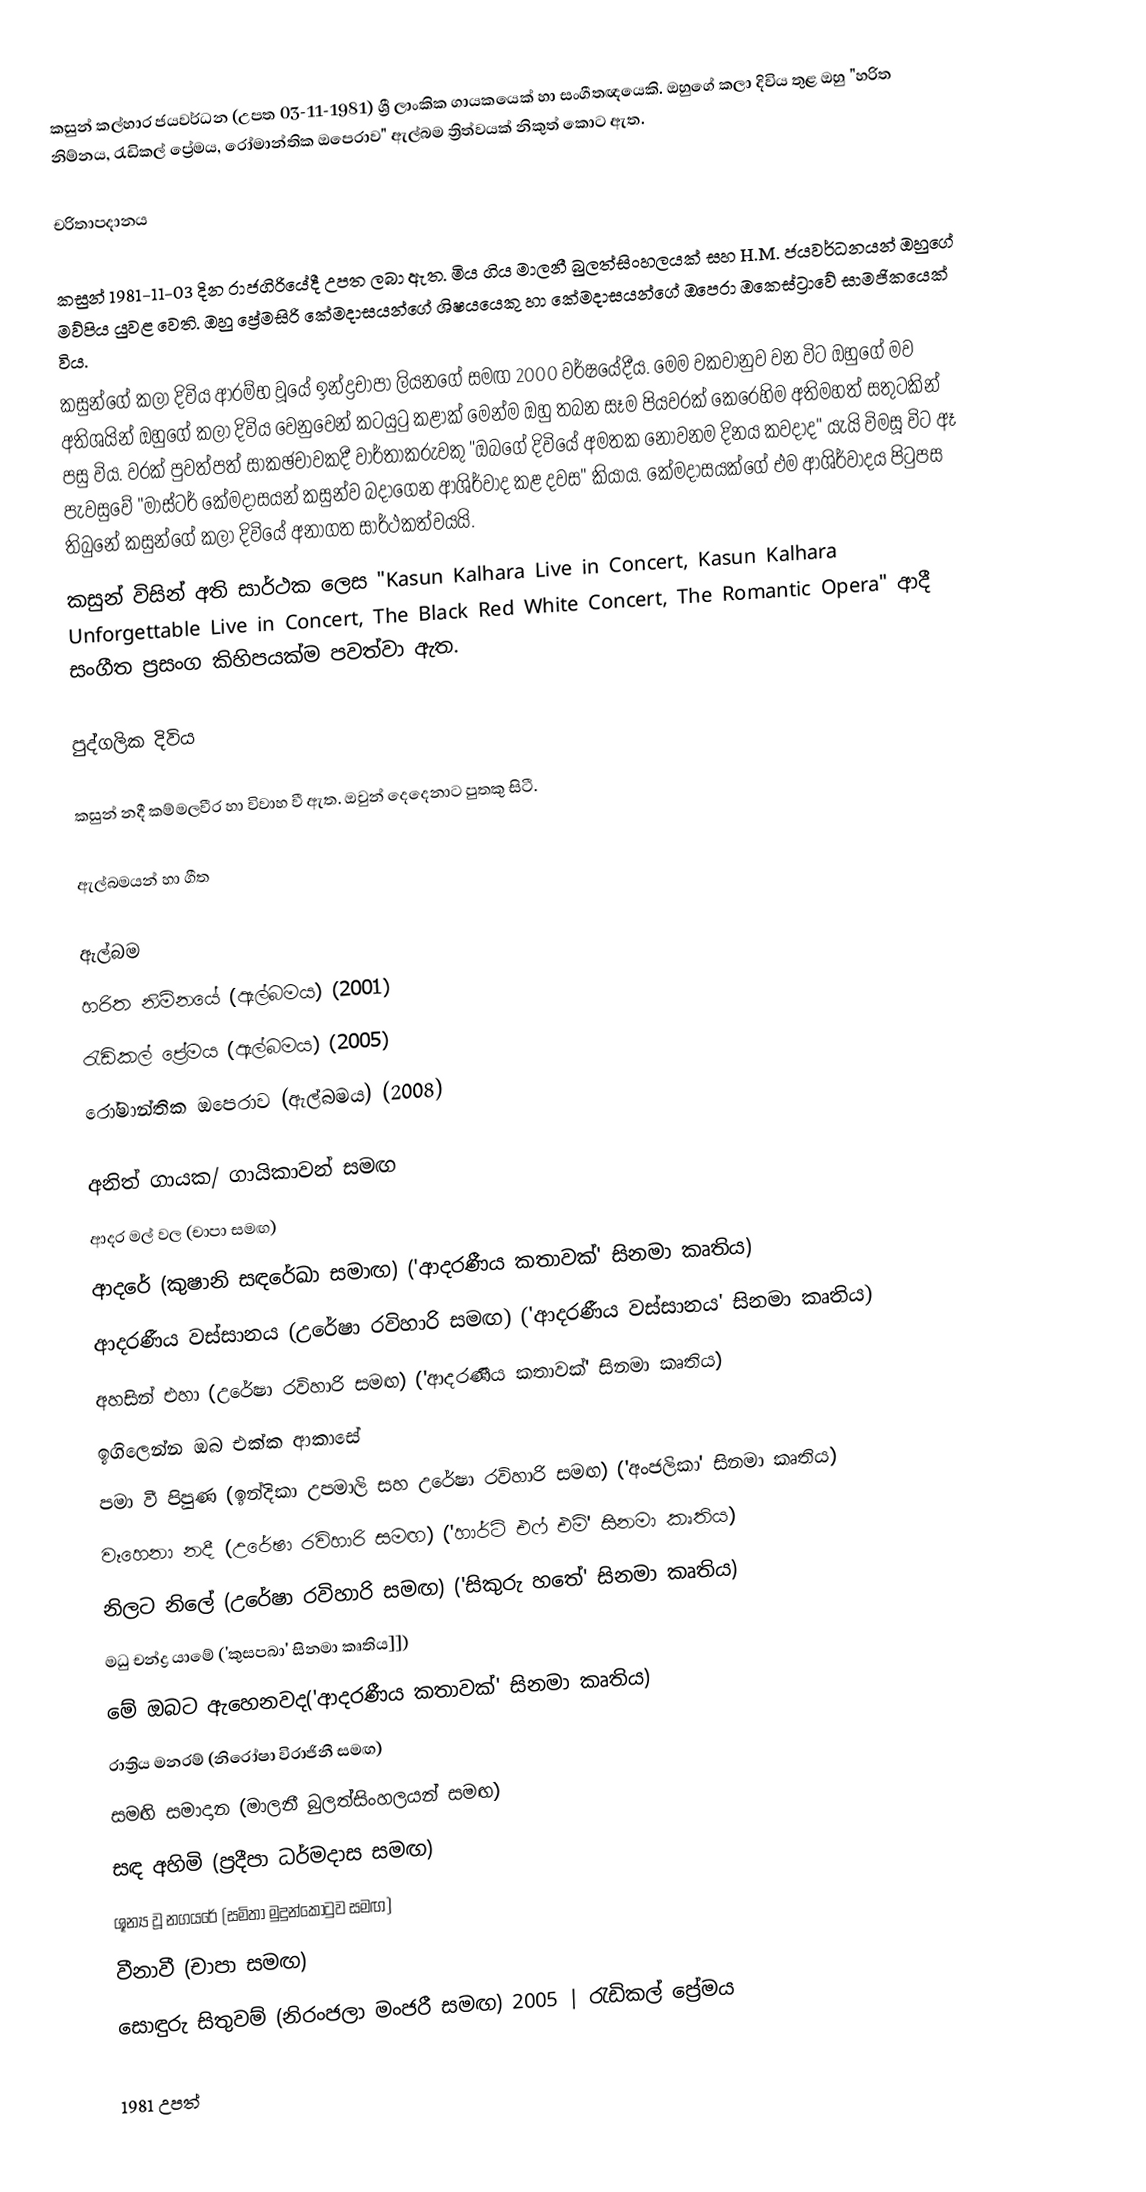
කසුන් කල්හාර ජයවර්ධන (උපත  03-11-1981) ශ්‍රී ලාංකික ගායකයෙක් හා සංගීතඥයෙකි. ඔහුගේ කලා දිවිය තුළ ඔහු "හරිත නිම්නය, රැඩිකල් ප්‍රේමය, රෝමාන්තික ඔපෙරාව" ඇල්බම ත්‍රිත්වයක් නිකුත් කොට ඇත.

චරිතාපදානය

කසුන් 1981-11-03 දින රාජගිරියේදී උපත ලබා ඇත. මිය ගිය මාලනී බුලත්සිංහලයක් සහ H.M. ජයවර්ධනයන් ඔහුගේ මව්පිය යුවළ වෙති. ඔහු ප්‍රේමසිරි කේමදාසයන්ගේ ශිෂයයෙකු හා කේමදාසයන්ගේ ඔපෙරා ඔකෙස්ට්‍රාවේ සාමජිකයෙක් විය.
කසුන්ගේ කලා දිවිය ආරම්භ වූයේ ඉන්ද්‍රචාපා ලියනගේ සමඟ 2000 වර්ෂයේදීය. මෙම වකවානුව වන විට ඔහුගේ මව අතිශයින් ඔහුගේ කලා දිවිය වෙනුවෙන් කටයුටු කළාක් මෙන්ම ඔහු තබන සෑම පියවරක් කෙරෙහිම අතිමහත් සතුටකින් පසු විය. වරක් පුවත්පත් සාකඡචාවකදී වාර්තාකරුවකු "ඔබගේ දිවියේ අමතක නොවනම දිනය කවදාද" යැයි විමසූ විට ඈ පැවසුවේ "මාස්ටර් කේමදාසයන් කසුන්ව බදාගෙන ආශිර්වාද කළ දවස" කියාය. කේමදාසයක්ගේ එම ආශිර්වාදය පිටුපස තිබුනේ කසුන්ගේ කලා දිවියේ අනාගත සාර්ථකත්වයයි.
කසුන් විසින් අති සාර්ථක ලෙස "Kasun Kalhara Live in Concert, Kasun Kalhara Unforgettable Live in Concert, The Black Red White Concert, The Romantic Opera" ආදී සංගීත ප්‍රසංග කිහිපයක්ම පවත්වා ඇත.

පුද්ගලික දිවිය

කසුන් නදී කම්මලවීර හා විවාහ වී ඇත. ඔවුන් දෙදෙනාට පුතකු සිටී.

ඇල්බමයන් හා ගීත

ඇල්බම
 හරිත නිම්නයේ (ඇල්බමය) (2001)
 රැඩිකල් ප්‍රේමය (ඇල්බමය) (2005)
 රෝමාන්තික ඔපෙරාව (ඇල්බමය) (2008)

අනිත් ගායක/ ගායිකාවන් සමඟ
 ආදර මල් වල (චාපා සමඟ)
 ආදරේ (කුෂානි සඳරේඛා සමාඟ) ('ආදරණීය කතාවක්' සිනමා කෘතිය)
 ආදරණීය වස්සානය (උරේෂා රවිහාරි සමඟ) ('ආදරණීය වස්සානය' සිනමා කෘතිය)
 අහසින් එහා (උරේෂා රවිහාරි සමඟ) ('ආදරණීය කතාවක්' සිනමා කෘතිය)
 ඉගිලෙන්න ඔබ එක්ක ආකාසේ
 පමා වී පිපුණ (ඉන්දිකා උපමාලි සහ උරේෂා රවිහාරි සමඟ) ('අංජලිකා' සිනමා කෘතිය)
 වෑහෙනා නදී (උරේෂා රවිහාරි සමඟ) ('හාර්ට් එෆ් එම්' සිනමා කෘතිය)
 නිලට නිලේ (උරේෂා රවිහාරි සමඟ) ('සිකුරු හතේ' සිනමා කෘතිය)
 මධු චන්ද්‍ර යාමේ ('කුසපබා' සිනමා කෘතිය]])
 මේ ඔබට ඇහෙනවද('ආදරණීය කතාවක්' සිනමා කෘතිය)
 රාත්‍රිය මනරම් (නිරෝෂා විරාජිනී සමඟ)
 සමඟි සමාදාන (මාලනී බුලත්සිංහලයන් සමඟ)
 සඳ අහිමි (ප්‍රදීපා ධර්මදාස සමඟ)
 ශූන්‍ය වූ නගයරේ (සමිතා මුදුන්කොටුව සමඟ)
 වීනාවී (චාපා සමඟ)
 සොඳුරු සිතුවම් (නිරංජලා මංජරී සමඟ) 2005 | රැඩිකල් ප්‍රේමය

1981 උපත්